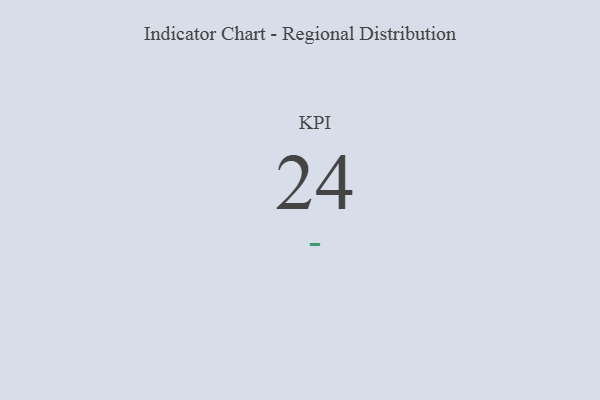
{"axis": {"x": "KPI", "y": "Value"}, "legend": [""], "data": [{"x": "KPI", "y": 24, "type": ""}]}